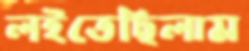
লইতেছিলাম